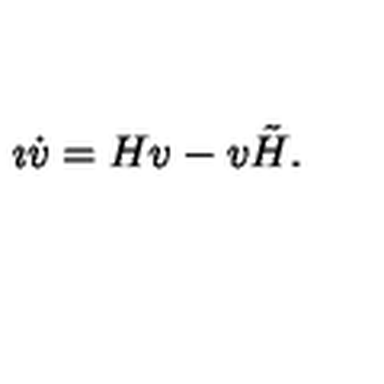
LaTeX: \imath \dot { v } = H v - v \tilde { H } .